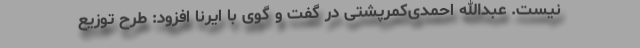
نیست. عبدالله احمدی‌کمرپشتی در گفت و گوی با ایرنا افزود: طرح توزیع